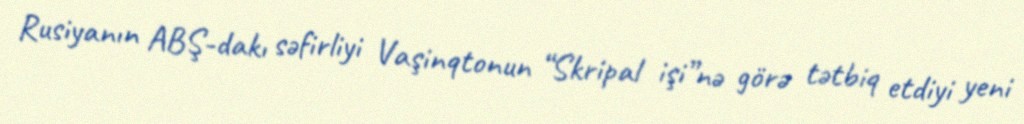
Rusiyanın ABŞ-dakı səfirliyi Vaşinqtonun “Skripal işi”nə görə tətbiq etdiyi yeni